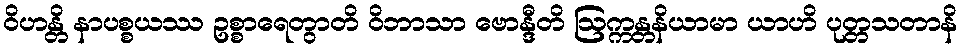
ဝိဟန္တိ နာပစ္စယဿ ဥစ္စာရေတွာတိ ဝိဘာသာ ဗောန္ဒီတိ ဩက္ကန္တနိယာမာ ယာဟိ ပုတ္တသတာနိ